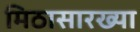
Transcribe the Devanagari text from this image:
मिठासारख्या